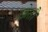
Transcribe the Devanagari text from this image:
खेतौ